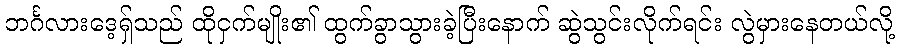
ဘင်္ဂလားဒေ့ရ်ှသည် ထိုငှက်မျိုး၏ ထွက်ခွာသွားခဲ့ပြီးနောက် ဆွဲသွင်းလိုက်ရင်း လွဲမှားနေတယ်လို့